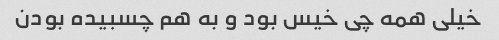
خیلی همه چی خیس بود و به هم چسبیده بودن